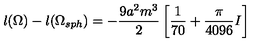
l ( \Omega ) - l ( \Omega _ { s p h } ) = - \frac { 9 a ^ { 2 } m ^ { 3 } } { 2 } \left[ \frac { 1 } { 7 0 } + \frac { \pi } { 4 0 9 6 } I \right]